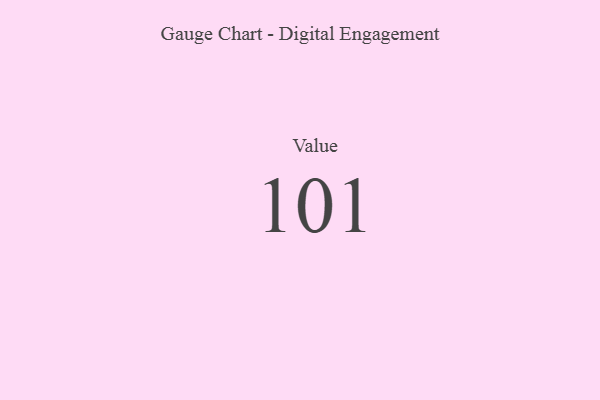
{"axis": {"x": "Metric", "y": "Value"}, "legend": [""], "data": [{"x": "Value", "y": 101, "type": ""}]}